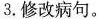
3.修改病句。